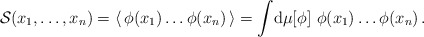
\begin{align*}{\cal S}(x_1,\dots,x_n) = \langle\, \phi(x_1)\dots\phi(x_n) \,\rangle= \int\!{\rm d}\mu[\phi]\,\,\phi(x_1)\dots\phi(x_n)\,.\end{align*}